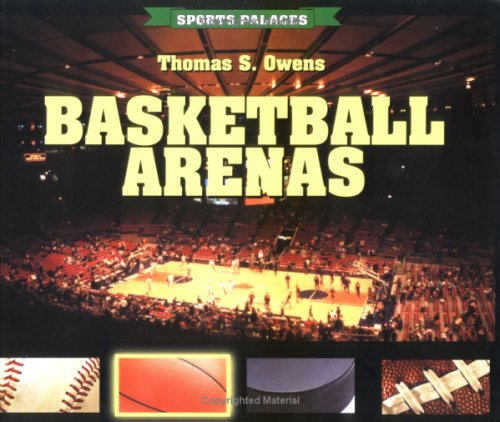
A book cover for Basketball Arenas (Sports Palaces); Thomas Owens; Teen & Young Adult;